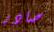
صادر